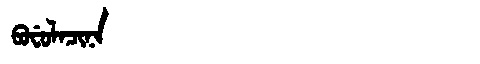
Manchu: ᠪᠣᠸᡠᠯᠠᠴᡳᠨᠠ
Romanization: BOFULACINA